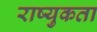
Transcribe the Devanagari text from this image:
राष्युकता